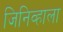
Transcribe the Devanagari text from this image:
जिनिव्हाला